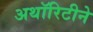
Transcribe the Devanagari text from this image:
अथॉरिटीने